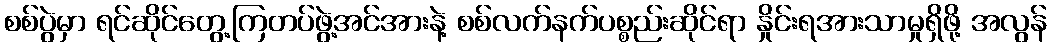
စစ်ပွဲမှာ ရင်ဆိုင်တွေ့ကြတပ်ဖွဲ့အင်အားနဲ့ စစ်လက်နက်ပစ္စည်းဆိုင်ရာ နှိုင်းရအားသာမှုရှိဖို့ အလွန်